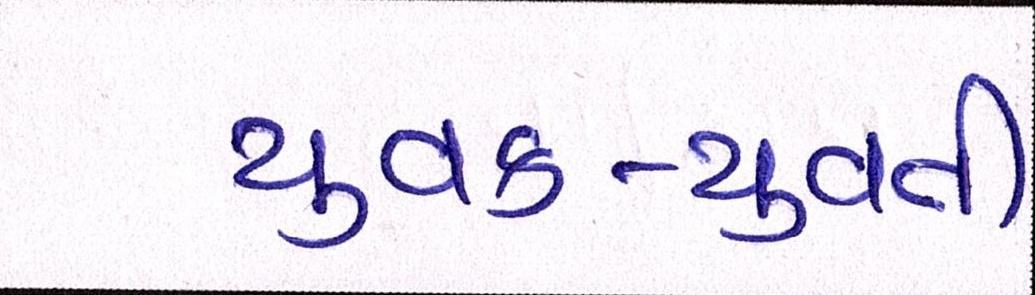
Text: યુવક-યુવતી